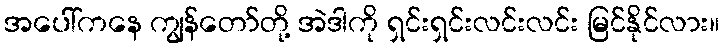
အပေါ်ကနေ ကျွန်တော်တို့ အဲဒါကို ရှင်းရှင်းလင်းလင်း မြင်နိုင်လား။